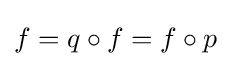
f=q\circ f=f\circ p